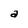
Character: a